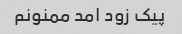
پیک زود امد ممنونم